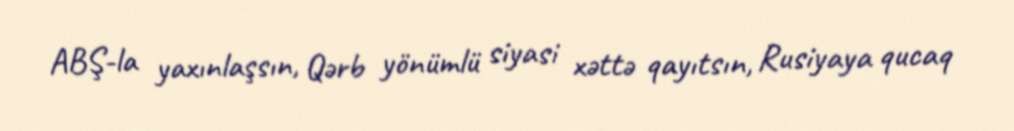
ABŞ-la yaxınlaşsın, Qərb yönümlü siyasi xəttə qayıtsın, Rusiyaya qucaq